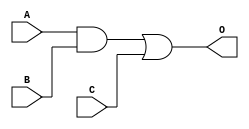
module delay(O,A,B,C);
input A,B,C;
output O;
wire E;

assign #5 E =A&B;
assign #4 O =E|C;

endmodule